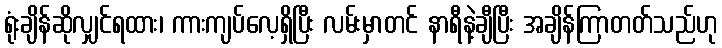
ရုံးချိန်ဆိုလျှင်ရထား၊ ကားကျပ်လေ့ရှိပြီး လမ်းမှာတင် နာရီနဲ့ချီပြီး အချိန်ကြာတတ်သည်ဟု